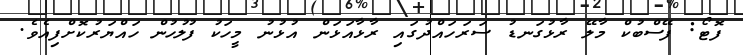
ފޮޓޯ: ފޭސްބުކް މާލޭ ރާޅުގަނޑު ސަރަހައްދުގައި ރާޅާއަޅަން އުޅުނު މީހަކު ފުލުހުން ހައްޔަރުކޮށްފިއެވެ.